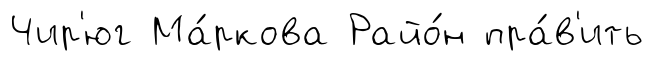
Чир'юг Ма́ркова Райо́н пра́в'ить